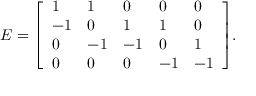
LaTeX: E = { \left[ \begin{array} { l l l l l } { 1 } & { 1 } & { 0 } & { 0 } & { 0 } \\ { - 1 } & { 0 } & { 1 } & { 1 } & { 0 } \\ { 0 } & { - 1 } & { - 1 } & { 0 } & { 1 } \\ { 0 } & { 0 } & { 0 } & { - 1 } & { - 1 } \end{array} \right] } .